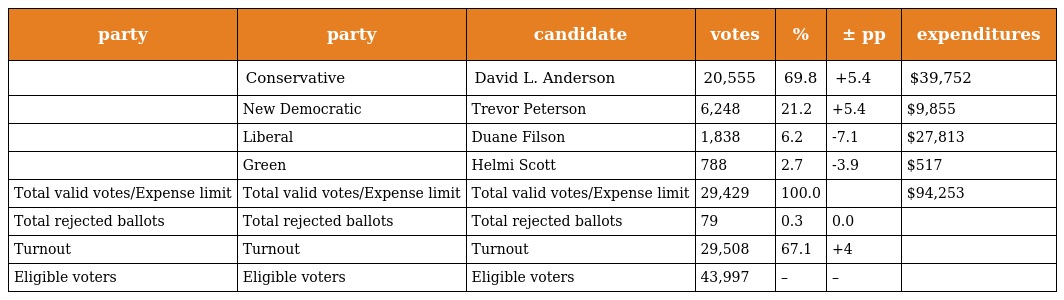
| party | party | candidate | votes | % | ± pp | expenditures |
 | --- | --- | --- | --- | --- | --- | --- |
 |  | Conservative | David L. Anderson | 20,555 | 69.8 | +5.4 | $39,752 |
 |  | New Democratic | Trevor Peterson | 6,248 | 21.2 | +5.4 | $9,855 |
 |  | Liberal | Duane Filson | 1,838 | 6.2 | -7.1 | $27,813 |
 |  | Green | Helmi Scott | 788 | 2.7 | -3.9 | $517 |
 | Total valid votes/Expense limit | Total valid votes/Expense limit | Total valid votes/Expense limit | 29,429 | 100.0 |  | $94,253 |
 | Total rejected ballots | Total rejected ballots | Total rejected ballots | 79 | 0.3 | 0.0 |  |
 | Turnout | Turnout | Turnout | 29,508 | 67.1 | +4 |  |
 | Eligible voters | Eligible voters | Eligible voters | 43,997 | – | – |  |